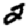
Digit: 2